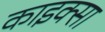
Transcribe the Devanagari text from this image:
काइक्सा